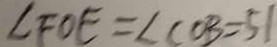
\angle F O E = \angle C O B = 5 1